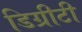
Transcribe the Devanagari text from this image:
डिग्रीटी